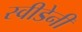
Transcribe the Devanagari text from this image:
स्वीडेनी